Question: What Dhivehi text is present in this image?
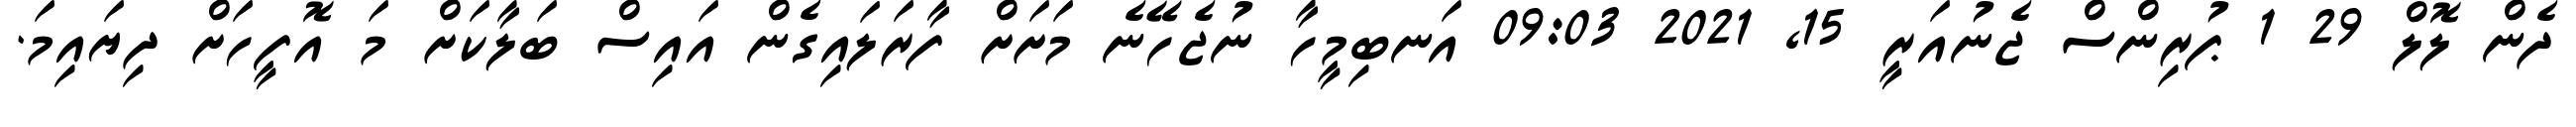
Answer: ދެން ލޮލް 29 1 ޕުރިންސް ޖެނުއަރީ 15, 2021 09:03 އަނބިމީހާ ނުޖެހޭނެ މަށަށް ފާރަލައިގެން އައިސް ބަލާކަށް މަ އޮފީހަށް ދިޔައިމަ.